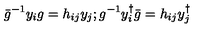
\bar { g } ^ { - 1 } y _ { i } g = h _ { i j } y _ { j } ; g ^ { - 1 } y _ { i } ^ { \dagger } \bar { g } = h _ { i j } y _ { j } ^ { \dagger }